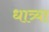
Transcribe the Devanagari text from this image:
धात्र्या